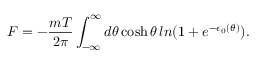
F = - { \frac { m T } { 2 \pi } } \int _ { - \infty } ^ { \infty } d \theta \cosh \theta \, l n ( 1 + e ^ { - \epsilon _ { 0 } ( \theta ) } ) .